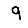
Digit: 9